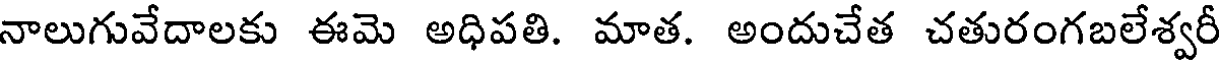
నాలుగువేదాలకు ఈమె అధిపతి. మాత. అందుచేత చతురంగబలేశ్వరీ